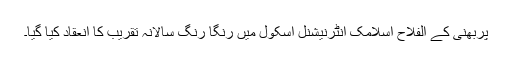
پربھنی کے الفلاح اسلامک انٹرنیشنل اسکول میں رنگا رنگ سالانہ تقریب کا انعقاد کیا گیا۔